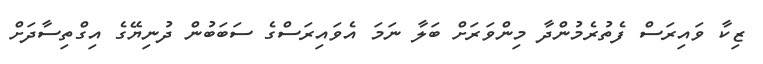
ޒިކާ ވައިރަސް ފެތުރެމުންދާ މިންވަރަށް ބަލާ ނަމަ އެވައިރަސްގެ ސަބަބުން ދުނިޔޭގެ އިގްތިސާދަށް